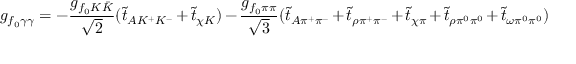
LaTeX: g _ { f _ { 0 } \gamma \gamma } = - \frac { g _ { f _ { 0 } K \bar { K } } } { \sqrt { 2 } } ( \tilde { t } _ { A K ^ { + } K ^ { - } } + \tilde { t } _ { \chi K } ) - \frac { g _ { f _ { 0 } \pi \pi } } { \sqrt { 3 } } ( \tilde { t } _ { A \pi ^ { + } \pi ^ { - } } + \tilde { t } _ { \rho \pi ^ { + } \pi ^ { - } } + \tilde { t } _ { \chi \pi } + \tilde { t } _ { \rho \pi ^ { 0 } \pi ^ { 0 } } + \tilde { t } _ { \omega \pi ^ { 0 } \pi ^ { 0 } } )